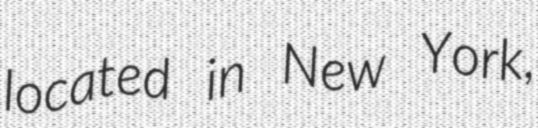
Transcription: located in New York,